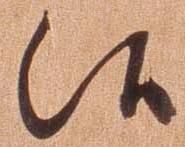
候